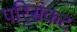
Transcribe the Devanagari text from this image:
परिसंकट